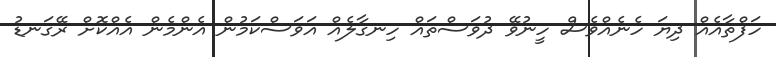
ހަފްތާއެއް ދިޔަ ހެނެއްވެސް ހީނުވޭ ދުވަސްތައް ހިނގާލެއް އަވަސްކަމުން އެންމެން އެއްކޮށް ރޭގަނޑު